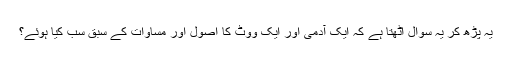
یہ پڑھ کر یہ سوال اُٹھتا ہے کہ ایک آدمی اور ایک ووٹ کا اصول اور مساوات کے سبق سب کیا ہوئے؟